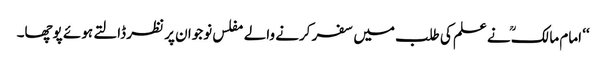
‘‘ امام مالکؒ نے علم کی طلب میں سفر کرنے والے مفلس نوجوان پر نظر ڈالتے ہوئے پوچھا۔